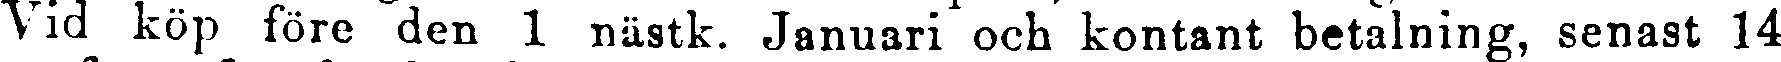
Vid köp före den 1 nästk. Januari och kontant betalning, senast 14